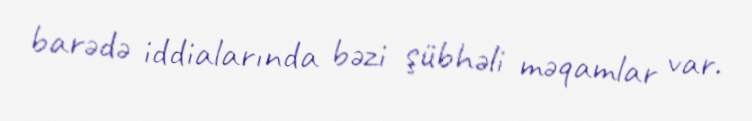
barədə iddialarında bəzi şübhəli məqamlar var.